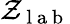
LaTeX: \mathcal{Z}_{\mathrm{~l~a~b~}}